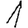
Digit: 1